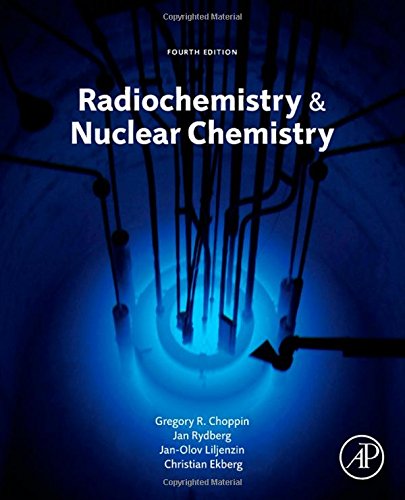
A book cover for Radiochemistry and Nuclear Chemistry, Fourth Edition; Gregory Choppin; Science & Math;